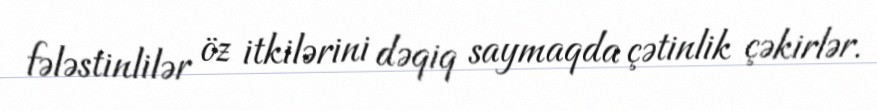
fələstinlilər öz itkilərini dəqiq saymaqda çətinlik çəkirlər.